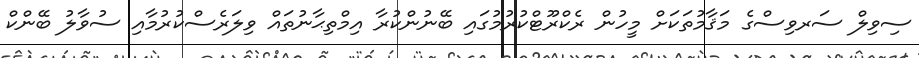
ސިވިލް ސަރވިސްގެ މަޤާމުތަކަށް މީހުން ރެކްރޫޓްކުރުމުގައި ބޭނުންކުރާ އިމްތިޙާނުތައް ވިލަރެސްކުރުމާއި ސުވާލު ބޭންކް